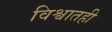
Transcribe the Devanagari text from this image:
विश्वातही